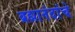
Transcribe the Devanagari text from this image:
ब्रह्मानंदांचे